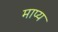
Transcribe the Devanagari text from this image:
माप्य